Report of the Indian Hemp Drugs Commission, 1894-1895 - Volume I
Year: 1894
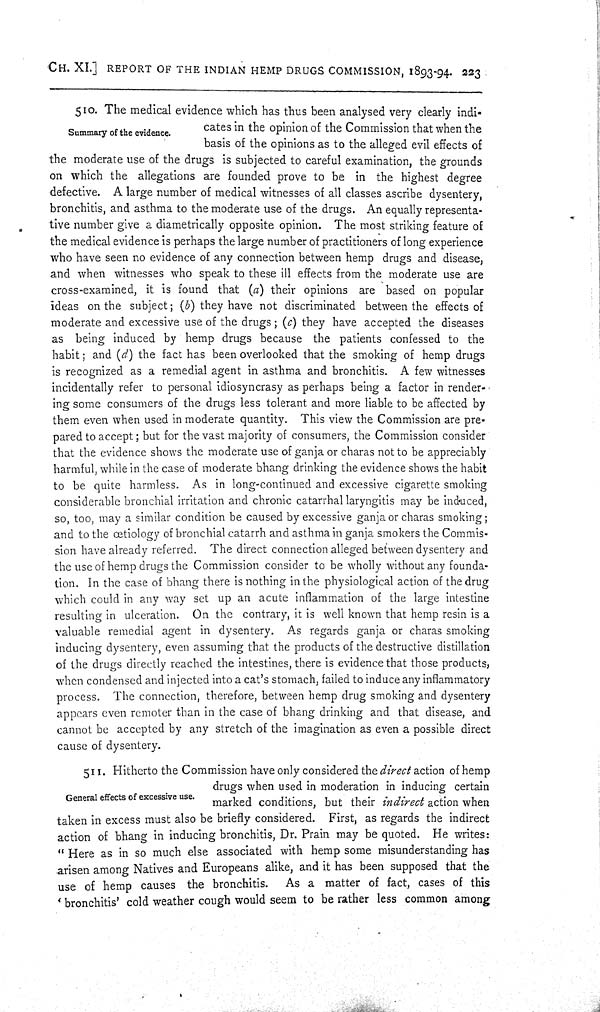
CH. XI.] REPORT OF THE INDIAN HEMP DRUGS COMMISSION, 1893-94. 223
Summary of the evidence.
510. The medical evidence which has thus been analysed very clearly indi-
cates in the opinion of the Commission that when the
basis of the opinions as to the alleged evil effects of
the moderate use of the drugs is subjected to careful examination, the grounds
on which the allegations are founded prove to be in the highest degree
defective. A large number of medical witnesses of all classes ascribe dysentery,
bronchitis, and asthma to the moderate use of the drugs. An equally representa-
tive number give a diametrically opposite opinion. The most striking feature of
the medical evidence is perhaps the large number of practitioners of long experience
who have seen no evidence of any connection between hemp drugs and disease,
and when witnesses who speak to these ill effects from the moderate use are
cross-examined, it is found that (a) their opinions are based on popular
ideas on the subject; (b) they have not discriminated between the effects of
moderate and excessive use of the drugs; (c) they have accepted the diseases
as being induced by hemp drugs because the patients confessed to the
habit; and (d) the fact has been overlooked that the smoking of hemp drugs
is recognized as a remedial agent in asthma and bronchitis. A few witnesses
incidentally refer to personal idiosyncrasy as perhaps being a factor in render-
ing some consumers of the drugs less tolerant and more liable to be affected by
them even when used in moderate quantity. This view the Commission are pre-
pared to accept; but for the vast majority of consumers, the Commission consider
that the evidence shows the moderate use of ganja or charas not to be appreciably
harmful, while in the case of moderate bhang drinking the evidence shows the habit
to be quite harmless. As in long-continued and excessive cigarette smoking
considerable bronchial irritation and chronic catarrhal laryngitis may be induced,
so, too, may a similar condition be caused by excessive ganja or charas smoking;
and to the œtiology of bronchial catarrh and asthma in ganja smokers the Commis-
sion have already referred. The direct connection alleged between dysentery and
the use of hemp drugs the Commission consider to be wholly without any founda-
tion. In the case of bhang there is nothing in the physiological action of the drug
which could in any way set up an acute inflammation of the large intestine
resulting in ulceration. On the contrary, it is well known that hemp resin is a
valuable remedial agent in dysentery. As regards ganja or charas smoking
inducing dysentery, even assuming that the products of the destructive distillation
of the drugs directly reached the intestines, there is evidence that those products,
when condensed and injected into a cat's stomach, failed to induce any inflammatory
process. The connection, therefore, between hemp drug smoking and dysentery
appears even remoter than in the case of bhang drinking and that disease, and
cannot be accepted by any stretch of the imagination as even a possible direct
cause of dysentery.
General effects of excessive use.
511. Hitherto the Commission have only considered the direct action of hemp
drugs when used in moderation in inducing certain
marked conditions, but their indirect action when
taken in excess must also be briefly considered. First, as regards the indirect
action of bhang in inducing bronchitis, Dr. Prain may be quoted. He writes:
"Here as in so much else associated with hemp some misunderstanding has
arisen among Natives and Europeans alike, and it has been supposed that the
use of hemp causes the bronchitis.
As a matter of fact, cases of this
'bronchitis' cold weather cough would seem to be rather less common among